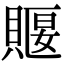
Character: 䞁